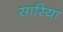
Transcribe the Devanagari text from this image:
सारिया